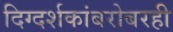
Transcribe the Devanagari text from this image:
दिग्दर्शकांबरोबरही